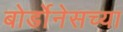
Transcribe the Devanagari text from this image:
बोर्डोनेसच्या